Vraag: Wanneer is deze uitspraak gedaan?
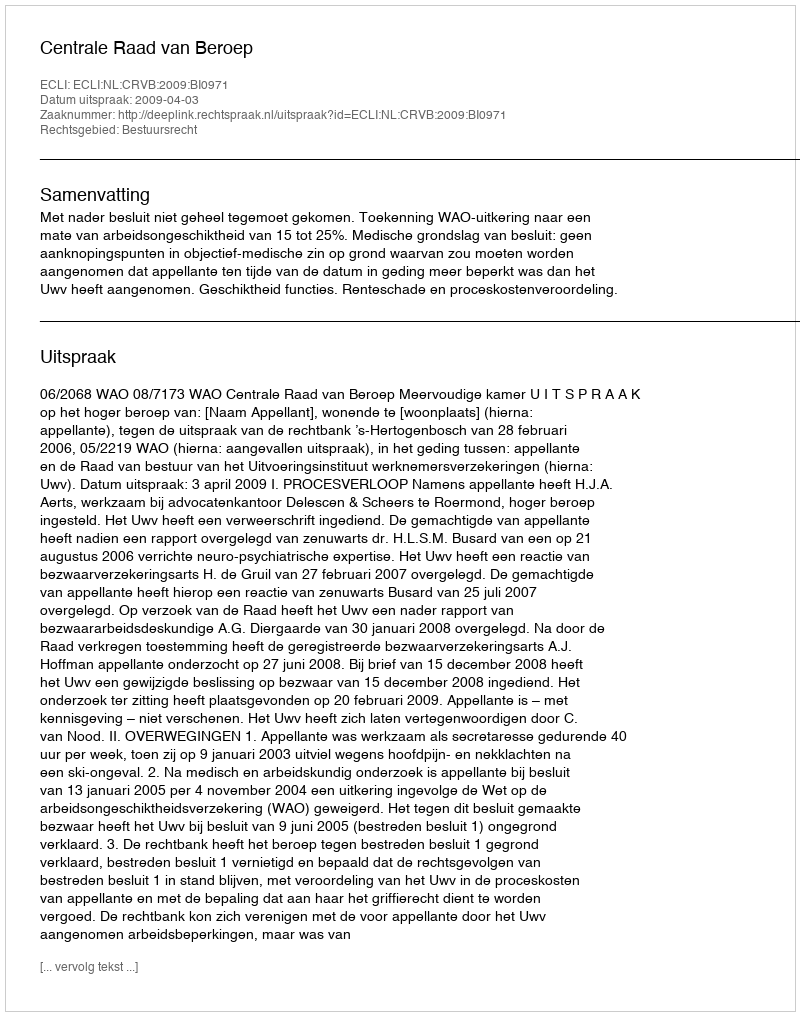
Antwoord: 2009-04-03